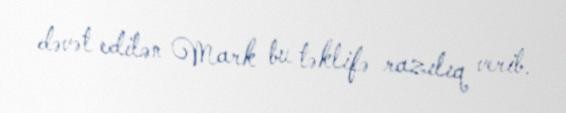
dəvət edilən Mark bu təklifə razılıq verib.